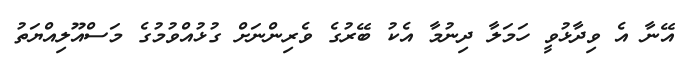
އޭނާ އެ ވިދާޅުވީ ހަމަލާ ދިނުމާ އެކު ބޭރުގެ ވެރިންނަށް ގުޅުއްވުމުގެ މަސްއޫލިއްޔަތު